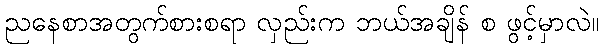
ညနေစာအတွက်စားစရာ လှည်းက ဘယ်အချိန် စ ဖွင့်မှာလဲ။